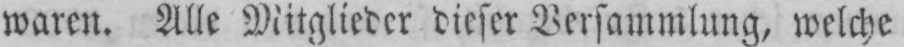
waren. Alle Mitglieder dieser Versammlung, welche